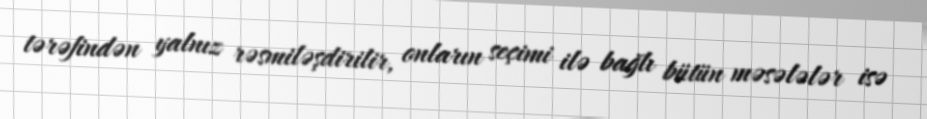
tərəfindən yalnız rəsmiləşdirilir, onların seçimi ilə bağlı bütün məsələlər isə